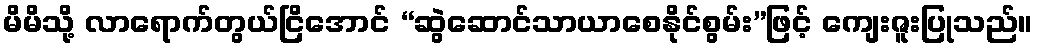
မိမိသို့ လာရောက်တွယ်ငြိအောင် “ဆွဲဆောင်သာယာစေနိုင်စွမ်း”ဖြင့် ကျေးဇူးပြုသည်။